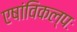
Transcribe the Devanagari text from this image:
एषांविकल्पः